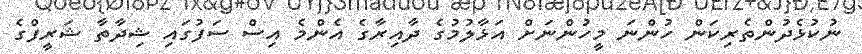
ނުކުޅެދުންތެރިކަން ހުންނަ މީހުންނަށް އަޅާލުމުގެ ދާއިރާގެ އެންމެ އިސް ސަފުގައި ޝިދާތާ ޝަރީފްގެ